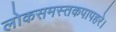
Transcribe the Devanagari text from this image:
लोकसमस्तकपापहरे।